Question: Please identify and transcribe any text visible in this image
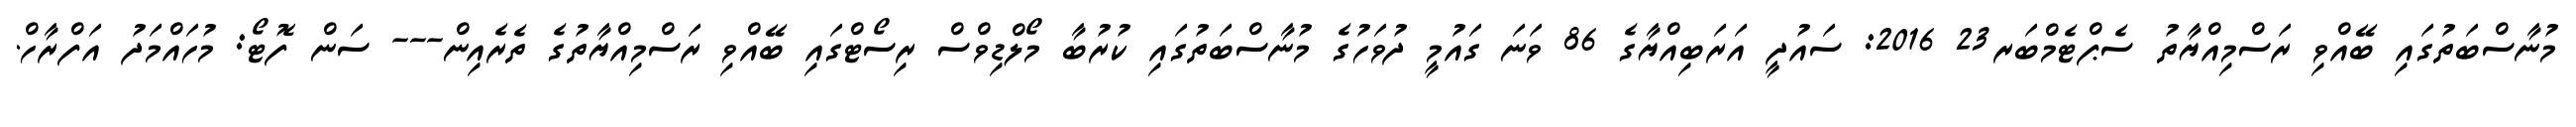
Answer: މުނާސްބަތުގައި ބޭއްވި ރަސްމިއްޔާތު ސެޕްޓެމްބަރ23 2016: ސައުދީ އަރަބިއްޔާގެ 86 ވަނަ ގައުމީ ދުވަހުގެ މުނާސްބަތުގައި ކުރުބާ މޯލްޑިވްސް ރިސޯޓްގައި ބޭއްވި ރަސްމިއްޔާތުގެ ތެރެއިން--- ސަން ފޮޓޯ: މުހައްމަދު އަފްރާހް.